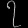
Digit: ၇